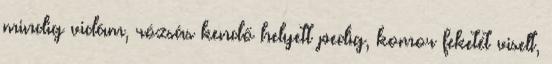
mindig vidám, rózsás kendő helyett pedig, komor feketét viselt,